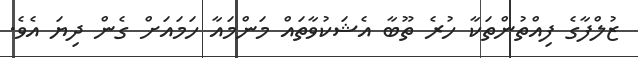
ޒުލްފާގެ ފިއްތުންތަކާ ހުރެ ތޫބާ އެޝަކުވާތައް މަންމައާ ހަމައަށް ގެން ދިޔަ އެވެ.